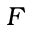
F